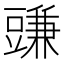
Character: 豏